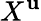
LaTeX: X^{\mathbf{u}}